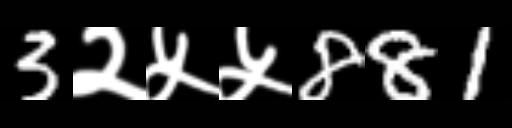
Text: 3२५५881